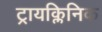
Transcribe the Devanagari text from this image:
ट्रायक्लिनिक